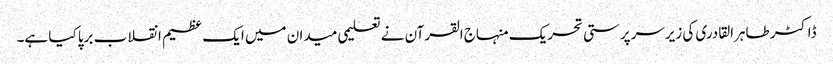
ڈاکٹر طاہرالقادری کی زیرسرپرستی تحریک منہاج القرآن نے تعلیمی میدان میں ایک عظیم انقلاب برپا کیا ہے۔